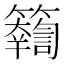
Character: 𥷤